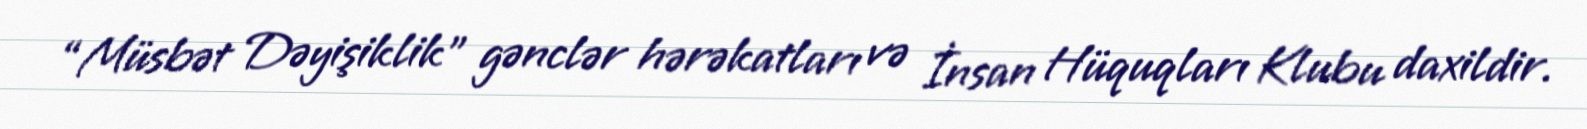
“Müsbət Dəyişiklik” gənclər hərəkatları və İnsan Hüquqları Klubu daxildir.